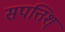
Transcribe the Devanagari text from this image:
सपत्तिश्